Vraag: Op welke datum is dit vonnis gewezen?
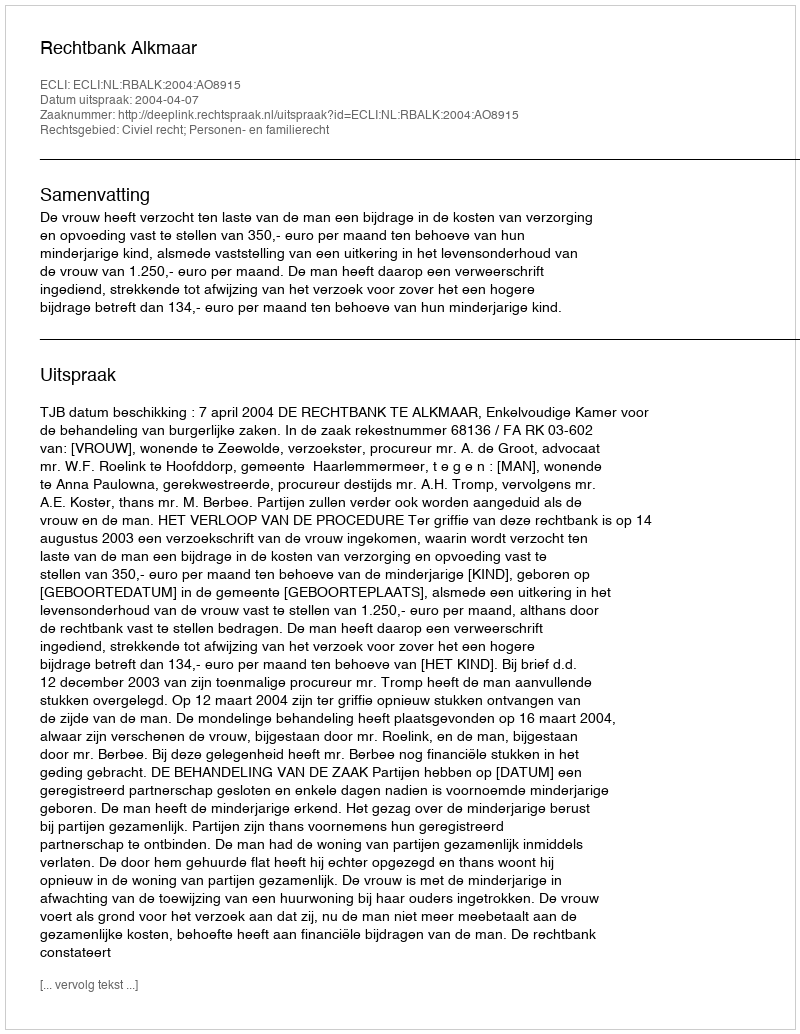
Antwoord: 2004-04-07